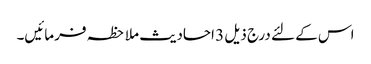
اس کے لئے درج ذیل 3 احادیث ملاحظہ فرمائیں۔